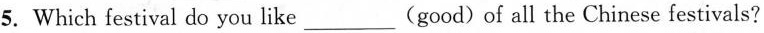
5. Which festival do you like___(good)of all the Chinese festivals?